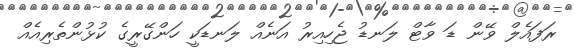
ރަފައެލް ވޭން ޑަ ވާޓް ލަނޑު ޖެހިއިރު އަނެއް ލަނޑަކީ ހަންގޭރީގެ ކުޅުންތެރިއެއް